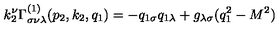
k _ { 2 } ^ { \nu } \Gamma _ { \sigma \nu \lambda } ^ { ( 1 ) } ( p _ { 2 } , k _ { 2 } , q _ { 1 } ) = - q _ { 1 \sigma } q _ { 1 \lambda } + g _ { \lambda \sigma } ( q _ { 1 } ^ { 2 } - M ^ { 2 } )